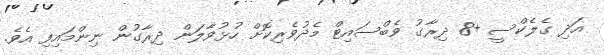
އަދި ގެލެކްސީ +8 ދިރާގު ވެބްސައިޓް މެދުވެރިކޮށް ހުޅުވާލަން ދިރާގުން ނިންމައިފި އެވެ.